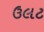
ઉલટ